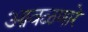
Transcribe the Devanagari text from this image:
आवळणारे